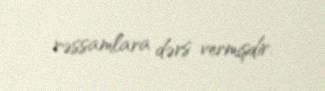
rəssamlara dərs vermişdir.